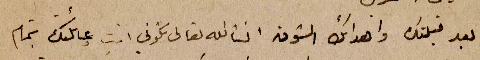
بعد قبلتك واهدائك الشوق انشالله تعالى تكوني انتِ وعائلتك بتمام